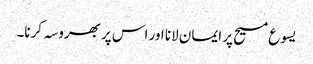
یسوع مسیح پر ایمان لانا اور اس پر بھروسہ کرنا۔